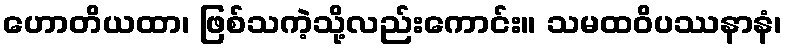
ဟောတိယထာ၊ ဖြစ်သကဲ့သို့လည်းကောင်း။ သမထဝိပဿနာနံ၊